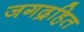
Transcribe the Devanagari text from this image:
जगद्रहित